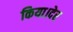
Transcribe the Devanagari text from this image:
किया।देर